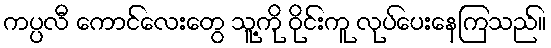
ကပ္ပလီ ကောင်လေးတွေ သူ့ကို ဝိုင်းကူ လုပ်ပေးနေကြသည်။